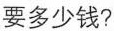
要多少钱?